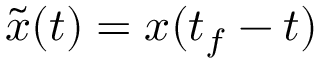
\tilde { { \boldsymbol { x } } } ( t ) = { \boldsymbol { x } } ( t _ { f } - t )